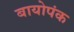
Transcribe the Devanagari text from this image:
बायोपंक